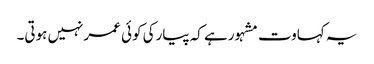
یہ کہاوت مشہورہے کہ پیارکی کوئی عمرنہیں ہوتی۔